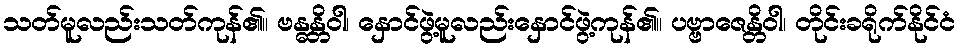
သတ်မူလည်းသတ်ကုန်၏။ ဗန္ဓန္တိဝါ၊ နှောင်ဖွဲ့မူလည်းနှောင်ဖွဲ့ကုန်၏။ ပဗ္ဗာဇေန္တိဝါ၊ တိုင်းခရိုက်နိုင်ငံ